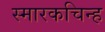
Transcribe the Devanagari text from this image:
स्मारकचिन्ह